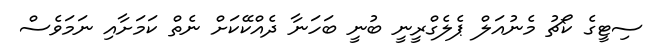
ސިޓީގެ ކޯޗު މެނުއަލް ޕެލެގްރީނީ ބުނީ ބަހަނާ ދެއްކޭކަށް ނެތް ކަމަށާއި ނަމަވެސް